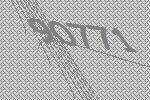
90771